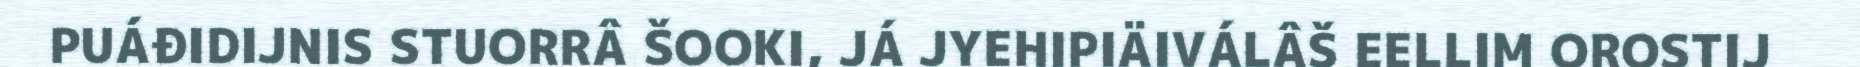
PUÁĐIDIJNIS STUORRÂ ŠOOKI, JÁ JYEHIPIÄIVÁLÂŠ EELLIM OROSTIJ